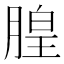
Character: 𪱦